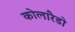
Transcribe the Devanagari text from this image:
कोलारैडो